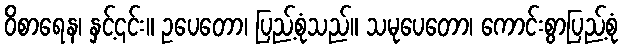
ဝိစာရေန၊ နှင့်၎င်း။ ဥပေတော၊ ပြည့်စုံသည်။ သမုပေတော၊ ကောင်းစွာပြည့်စုံ